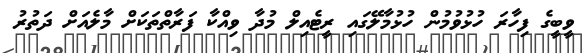
ވީބީގެ ފިހާރަ ހުޅުވުމުން ހުޅުމާލޭގައި ރީޓެއިލް މުދާ ވިއްކާ ފަރާތްތަކަށް މާލެއަށް ދަތުރު